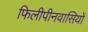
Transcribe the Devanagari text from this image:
फिलीपीनवासियों